Punjab Mental Hospital Lahore 1922-31 - 1922-1931
Year: 1922
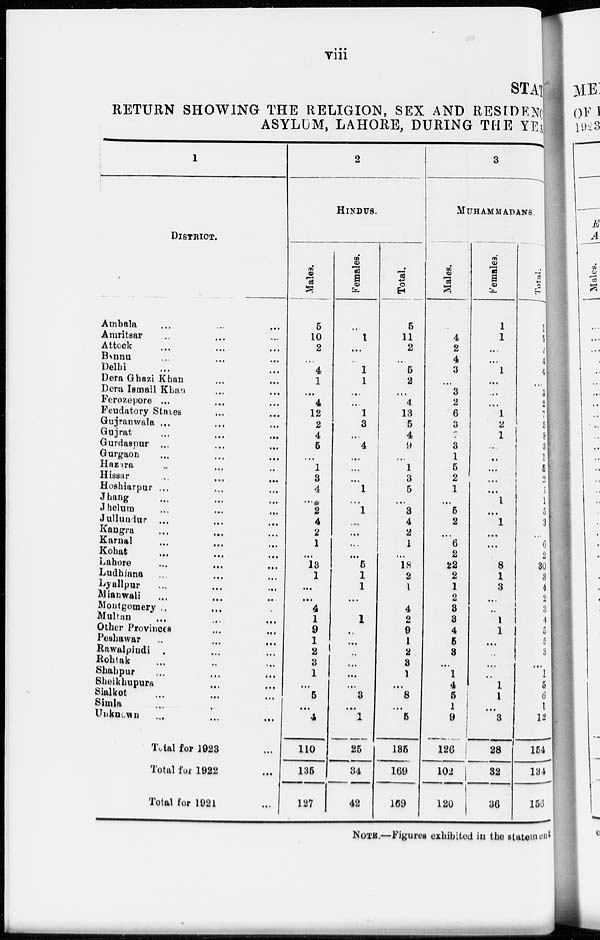
viii
STAT
RETURN SHOWING THE RELIGION, SEX AND RESIDENC
ASYLUM, LAHORE, DURING THE YEAR
1
DISTRICT.
Ambala ... ... ...
Amritsar ... ... ...
Attock ... ... ...
Bannu ... ... ...
Delhi ... ... ...
Dera Ghazi Khan ... ...
Dera Ismail Khan ... ...
Ferozepore ... ... ...
Feudatory States ... ...
Gujranwala ... ... ...
Gujrat ... ... ...
Gurdaspur ... ... ...
Gurgaon ... ... ...
Hazara ... ... ...
Hissar ... ... ...
Hoshiarpur ... ... ...
Jhang ... ... ...
Jhelum ... ... ...
Jullundur ... ... ...
Kangra ... ... ...
Karnal ... ... ...
Kohat ... ... ...
Lahore ... ... ...
Ludhíana ... ... ...
Lyallpur ... ... ...
Mianwali ... ... ...
Montgomery ... ... ...
Multan ... ... ...
Other Provinces ... ...
Peshawar ... ... ...
Rawalpindi ... ... ...
Rohtak ... ... ...
Shahpur ... ... ...
Sheikhupura ... ... ...
Sialkot ... ... ...
Simla ... ... ...
Unknown ... ... ...
Total for 1923 ...
Total for 1922 ...
Total for 1921 ...
2
HINDUS.
Males.
5
10
2
...
4
1
...
4
12
2
4
5
...
1
3
4
...
2
4
2
1
...
13
1
...
...
4
1
9
1
2
3
1
...
5
...
4
110
135
127
Females.
...
1
...
...
1
1
...
...
1
3
...
4
...
...
...
1
...
1
...
...
...
...
5
1
1
...
...
1
...
...
...
...
...
...
3
...
1
25
34
42
Total.
5
11
2
...
5
2
...
4
13
5
4
9
...
1
3
5
...
3
4
2
1
...
18
2
1
...
4
2
9
1
2
3
1
...
8
...
5
135
169
169
3
MUHAMMADANS.
Males.
...
4
2
4
3
...
3
2
6
3
7
3
1
5
2
1
...
5
2
...
6
2
22
2
1
2
3
3
4
5
3
...
1
4
5
1
9
126
102
120
Females.
1
1
...
...
1
...
...
...
1
2
1
...
...
...
...
...
1
...
1
...
...
...
8
1
3
...
...
1
1
...
..
...
...
1
1
...
3
28
32
36
Total.
1
5
2
4
4
...
3
2
7
5
8
3
1
5
2
1
1
5
3
...
6
2
30
3
4
2
3
4
5
5
3
...
1
5
6
1
12
154
134
156
NOTE.—Figures exhibited in the statement